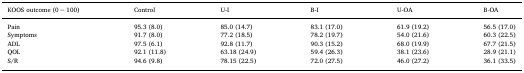
| KOOS outcome (0 − 100) | Control | U-I | B-I | U-OA | B-OA |
 | --- | --- | --- | --- | --- | --- |
 | Pain | 95.3 (8.0) | 85.0 (14.7) | 83.1 (17.0) | 61.9 (19.2) | 56.5 (17.0) |
 | Symptoms | 91.7 (8.0) | 77.2 (18.5) | 78.2 (19.7) | 54.0 (21.6) | 60.3 (22.5) |
 | ADL | 97.5 (6.1) | 92.8 (11.7) | 90.3 (15.2) | 68.0 (19.9) | 67.7 (21.5) |
 | QOL | 92.1 (11.8) | 63.18 (24.9) | 59.4 (26.3) | 38.1 (23.6) | 28.9 (21.1) |
 | S/R | 94.6 (9.8) | 78.15 (22.5) | 72.0 (27.5) | 46.0 (27.2) | 36.1 (33.5) |